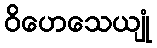
ဝိဟေသေယျုံ